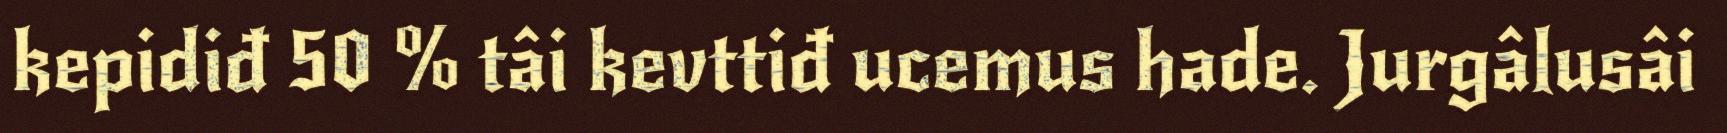
kepidiđ 50 % tâi kevttiđ ucemus hade. Jurgâlusâi